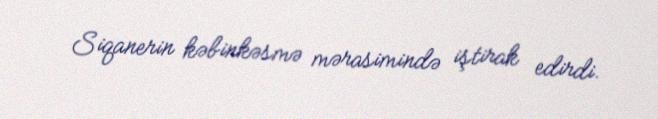
Siqanerin kəbinkəsmə mərasimində iştirak edirdi.